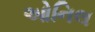
ઓનિલ